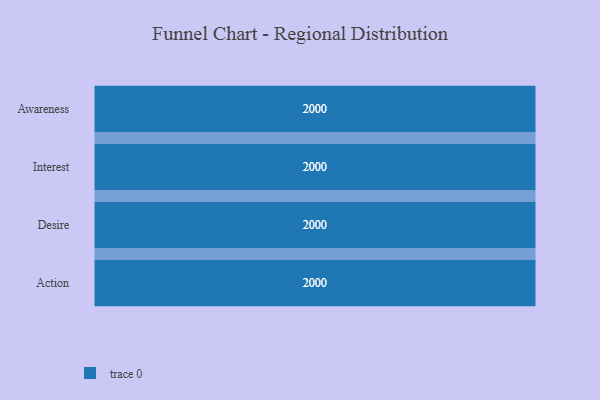
{"axis": {"x": "Stage", "y": "Value"}, "legend": [""], "data": [{"x": "Awareness", "y": 2000, "type": ""}, {"x": "Interest", "y": 2000, "type": ""}, {"x": "Desire", "y": 2000, "type": ""}, {"x": "Action", "y": 2000, "type": ""}]}